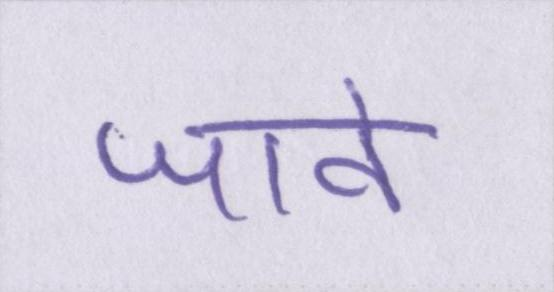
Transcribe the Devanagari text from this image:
जावे